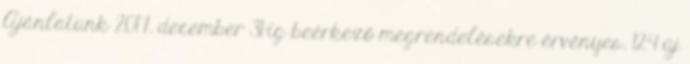
Ajánlatunk 2017. december 31-ig beérkező megrendelésekre érvényes. 124 új